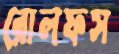
রোলফস